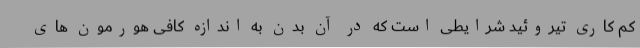
کم کاری تیروئید شرایطی است که در آن بدن به اندازه کافی هورمون های